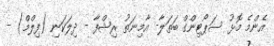
އެންމެ މޮޅު ސަޕޯޓިންގް ބަތަލާ- އާމިނަތު ރިޝްފާ - ދިލަކަނި (ފިލްމް) -